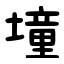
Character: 墥